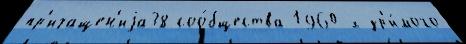
пр'ичащен'иjа38 соо́бщества 1960-х зр'и́мого